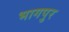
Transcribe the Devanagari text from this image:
भागपुर